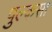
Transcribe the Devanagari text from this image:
पुल्कसा